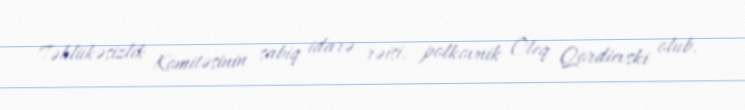
Təhlükəsizlik Komitəsinin sabiq idarə rəisi, polkovnik Oleq Qordievski olub.